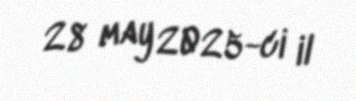
28 may 2025-ci il